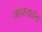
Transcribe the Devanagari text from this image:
आकड्यांना